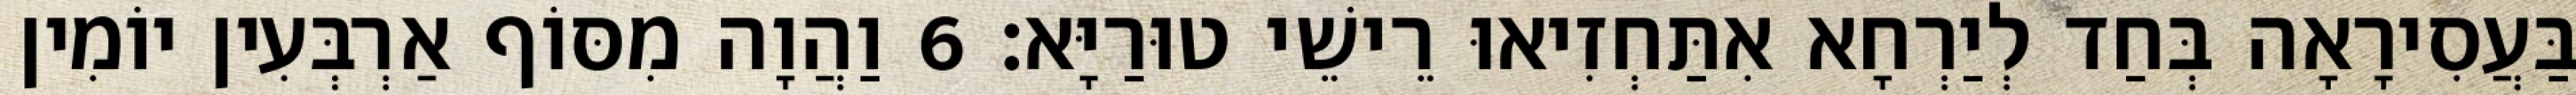
בַּעֲסִירָאָה בְּחַד לְיַרְחָא אִתַּחְזִיאוּ רֵישֵׁי טוּרַיָּא׃ 6 וַהֲוָה מִסּוֹף אַרְבְּעִין יוֹמִין